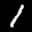
Label: 1